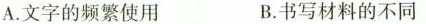
A.文字的频繁使用 B.书写材料的不同